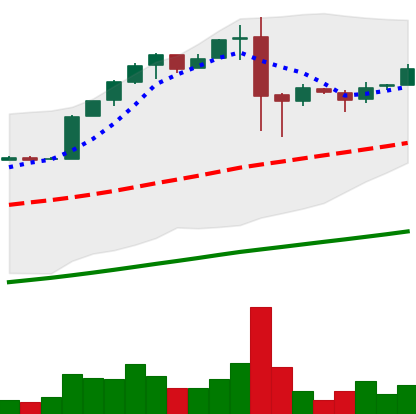
Ticker: BTC-USD
Chart end date: 2017-02-16
Forward return: 8.551%
Label: up_7plus